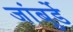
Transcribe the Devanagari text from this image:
जांबुर्डे